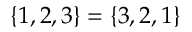
\{ 1 , 2 , 3 \} = \{ 3 , 2 , 1 \}